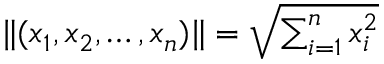
\| ( x _ { 1 } , x _ { 2 } , \dots , x _ { n } ) \| = { \sqrt { \textstyle \sum _ { i = 1 } ^ { n } x _ { i } ^ { 2 } } }